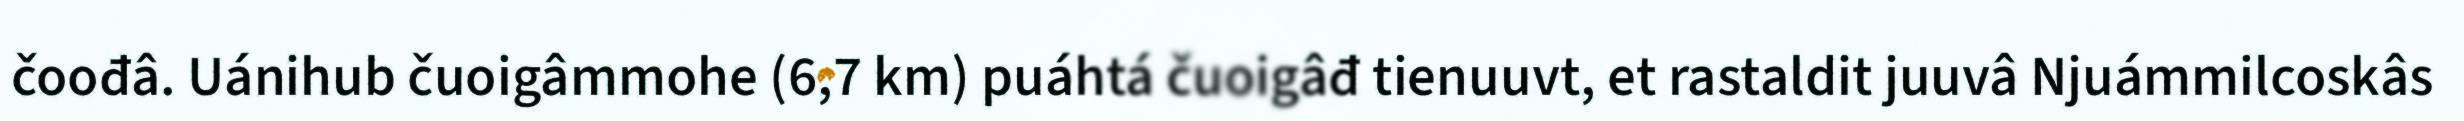
čoođâ. Uánihub čuoigâmmohe (6,7 km) puáhtá čuoigâđ tienuuvt, et rastaldit juuvâ Njuámmilcoskâs